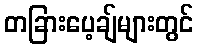
တခြားပေ့ချ်များတွင်